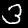
Digit: 3